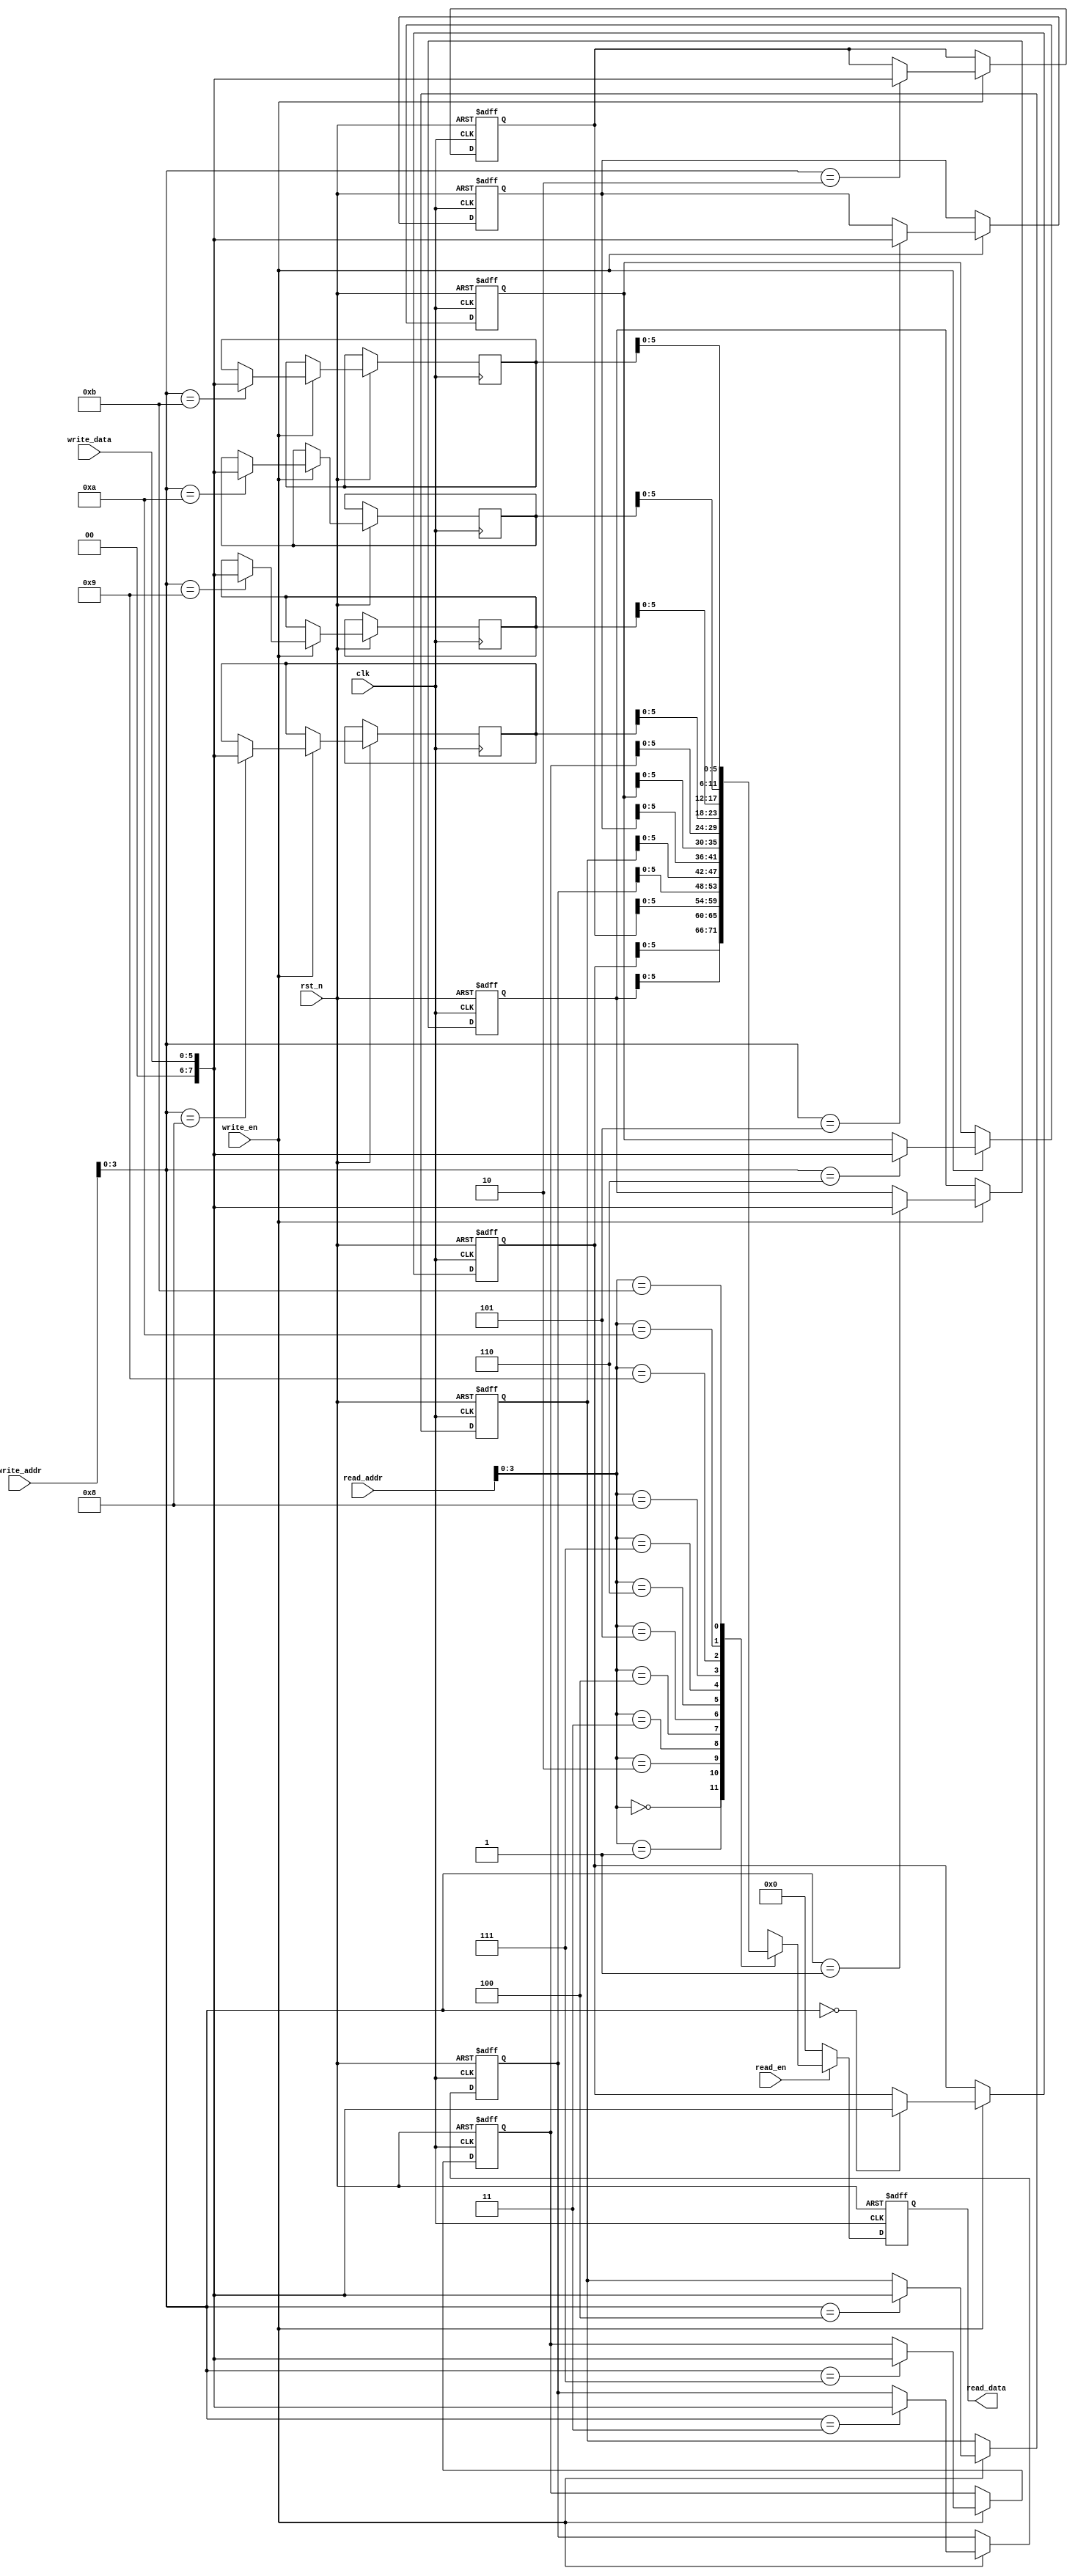
module verified_RAM (
	input clk,
	input rst_n,
	
	input write_en,
	input [7:0]write_addr,
	input [5:0]write_data,
	
	input read_en,
	input [7:0]read_addr,
	output reg [5:0]read_data
);
    
    //defination
    reg [7 : 0] RAM [11:0];

    //output 
    integer i;
    always@(posedge clk or negedge rst_n)begin
        if(!rst_n) begin
               for(i = 0; i < 8; i = i + 1) begin
                   RAM[i] <= 'd0;
               end
        end
        else if(write_en) 
            RAM[write_addr] <= write_data;
    end
    always@(posedge clk or negedge rst_n)begin
        if(!rst_n) 
            read_data <= 'd0;
        else if(read_en) 
            read_data <= RAM[read_addr];
        else 
            read_data <= 'd0;
    end
endmodule